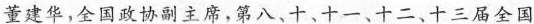
董建华，全国政协副主席，第八、十、十一、十二、十三届全国